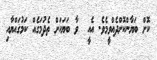
ކޮށް ބަޔާންކޮށްދެއްވީމެވެ. އެއީ  ވާ ބަޔަކަށް ތެދުމަގެއް ކަމުގައްޔާއި